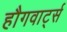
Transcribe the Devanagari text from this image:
हौगवार्ट्स